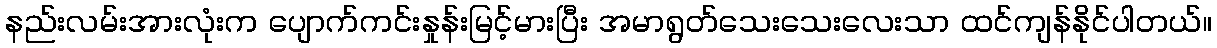
နည်းလမ်းအားလုံးက ပျောက်ကင်းနှုန်းမြင့်မားပြီး အမာရွတ်သေးသေးလေးသာ ထင်ကျန်နိုင်ပါတယ်။